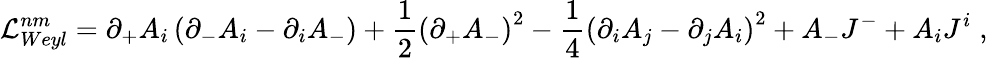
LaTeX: {\cal L}_{Weyl}^{nm}=\partial_{+}{A}_{i}\left(\partial_{-}{A}_{i}-\partial_{i}A_{-}\right)+\frac 12\left(\partial_{+}{A}_{-}\right)^{2}-\frac 14\left(\partial_{i}{A}_{j}-\partial_{j}{A}_{i}\right)^{2}+{A}_{-}{J}^{-}+{A}_{i}{J}^{i}\; ,